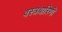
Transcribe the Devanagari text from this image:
वस्त्रधारिणी